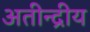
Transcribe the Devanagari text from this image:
अतीन्‍द्रीय